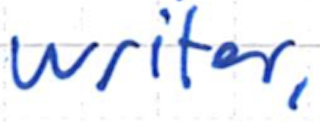
Text: writer,
Cross-out: clean
Writing tool: ballpoint